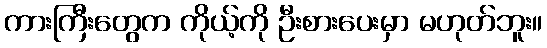
ကားကြီးတွေက ကိုယ့်ကို ဦးစားပေးမှာ မဟုတ်ဘူး။